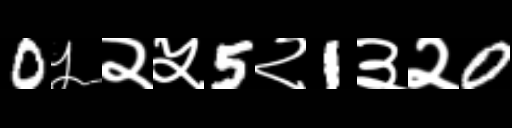
Text: 0५२५5२1३२0